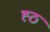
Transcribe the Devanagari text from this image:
ह्ठ